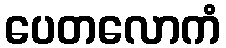
ပေတလောကံ